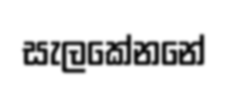
සැලකේනනේ